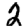
Digit: 2